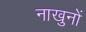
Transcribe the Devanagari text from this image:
नाखुनों